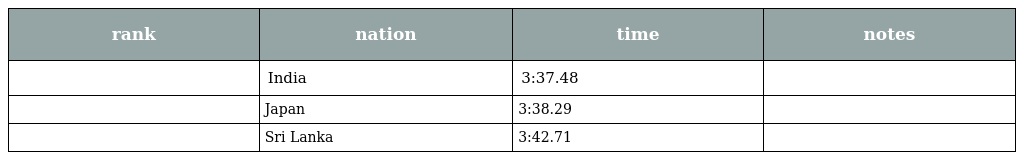
| rank | nation | time | notes |
 | --- | --- | --- | --- |
 |  | India | 3:37.48 |  |
 |  | Japan | 3:38.29 |  |
 |  | Sri Lanka | 3:42.71 |  |